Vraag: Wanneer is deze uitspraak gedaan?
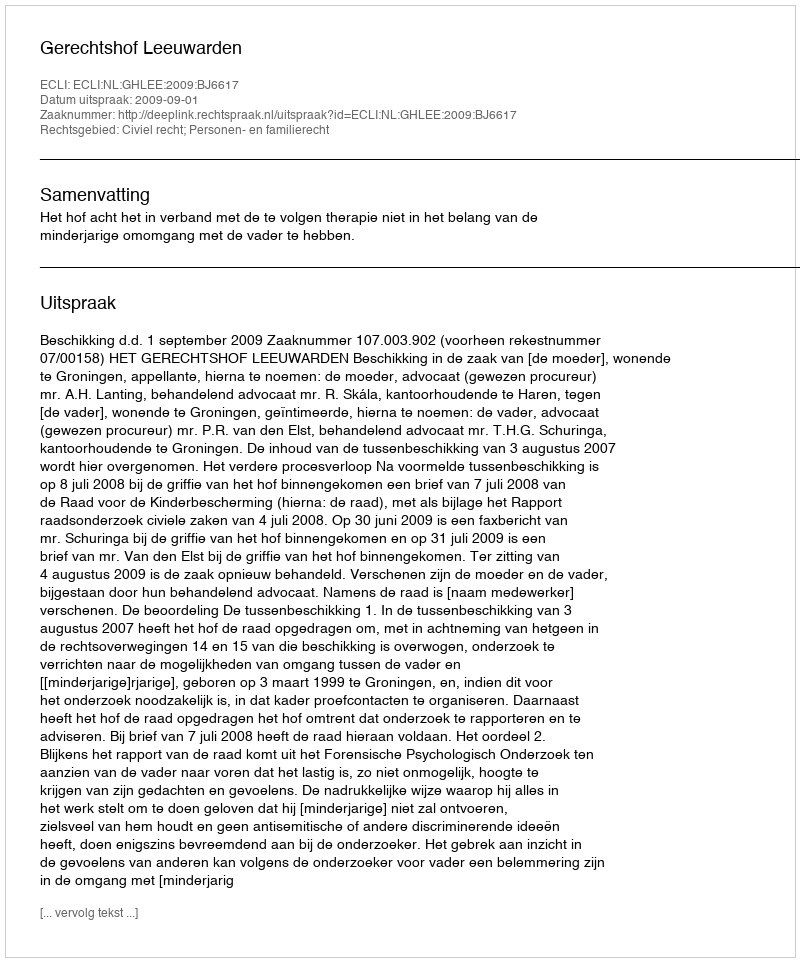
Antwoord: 2009-09-01